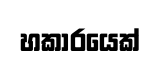
හකාරයෙක්